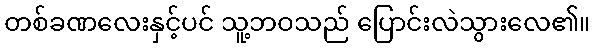
တစ်ခဏလေးနှင့်ပင် သူ့ဘဝသည် ပြောင်းလဲသွားလေ၏။